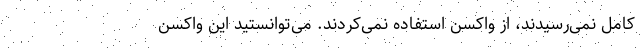
کامل نمی‌رسیدند، از واکسن استفاده نمی‌کردند. می‌توانستید این واکسن